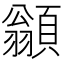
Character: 𩔚